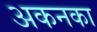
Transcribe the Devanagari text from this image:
अकनका